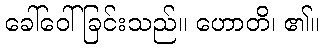
ခေါ်ဝေါ်ခြင်းသည်။ ဟောတိ၊ ၏။